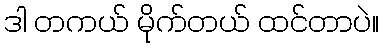
ဒါ တကယ် မိုက်တယ် ထင်တာပဲ။